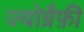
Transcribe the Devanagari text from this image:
ज्योग्रैफ़ी